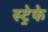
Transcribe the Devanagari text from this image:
स्ट्रेफे